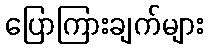
ပြောကြားချက်များ